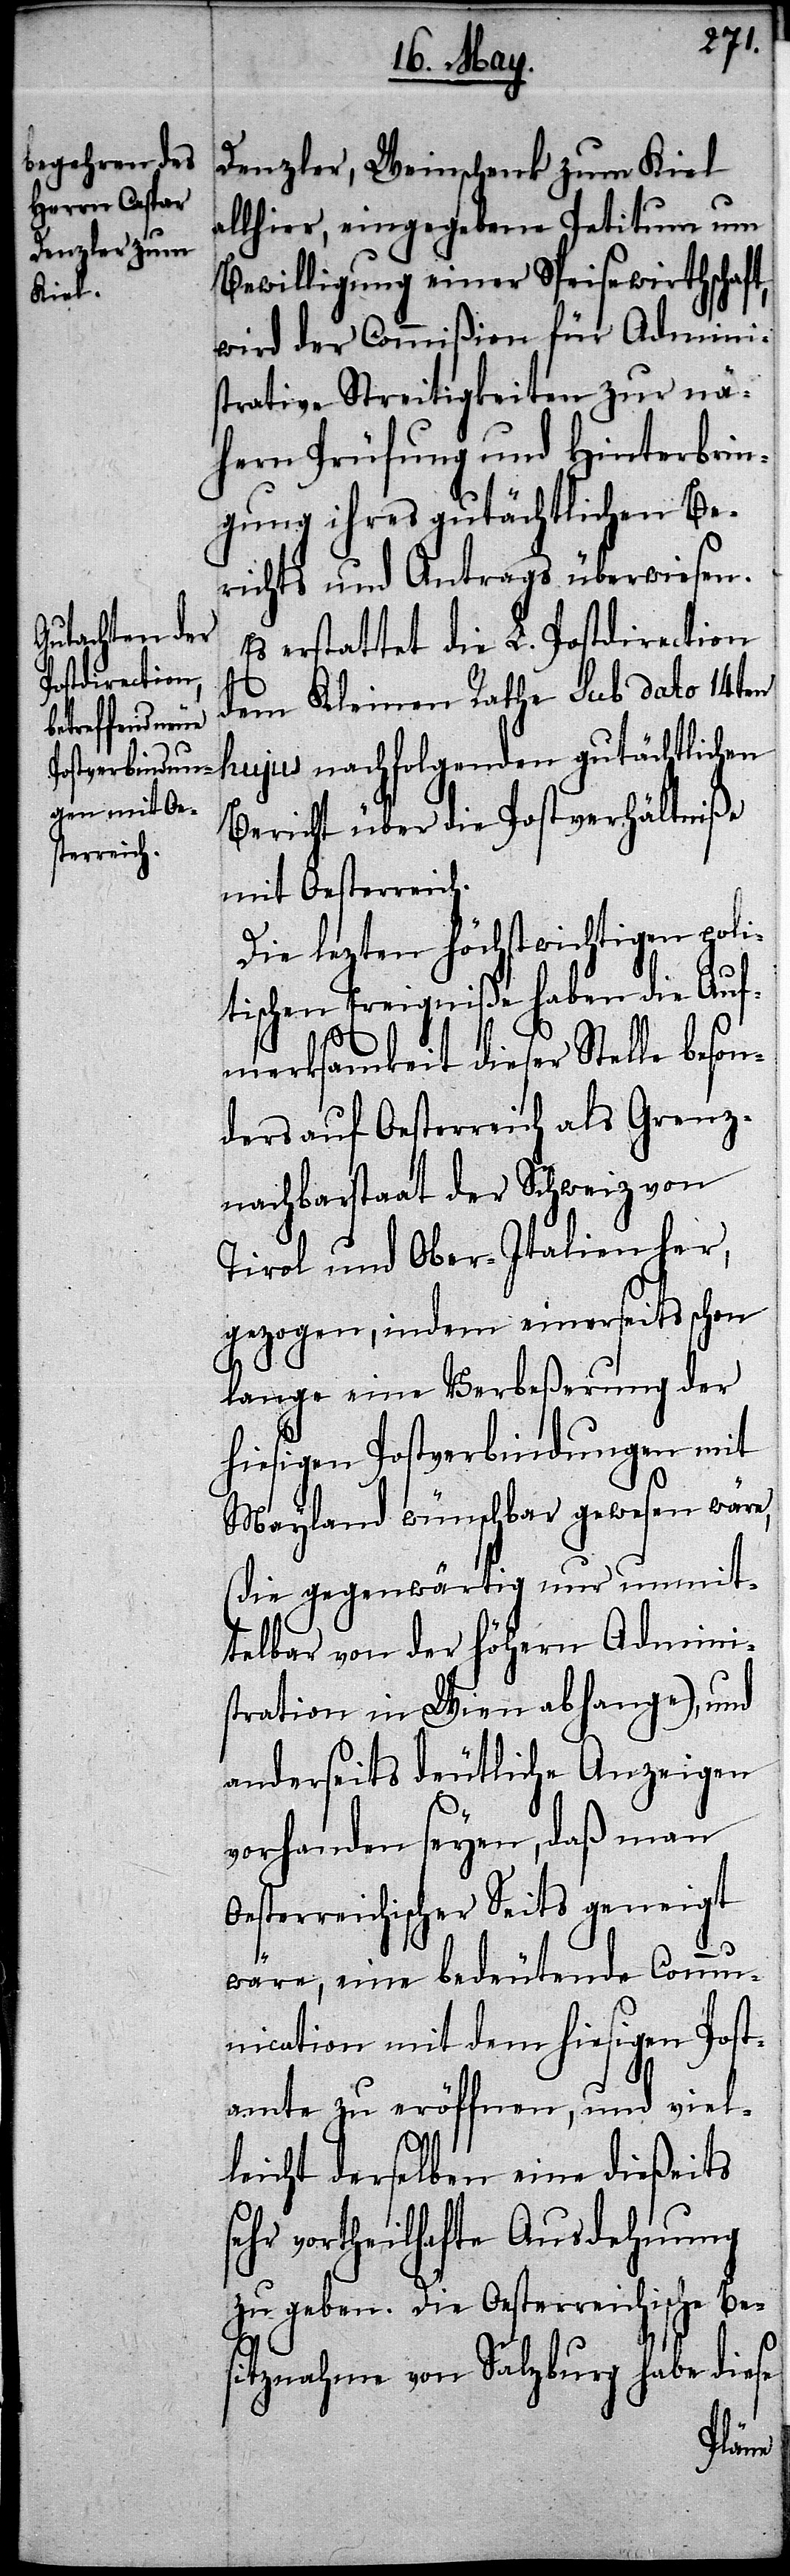
Denzler, Weinschenk zum Kiel
allhier, eingegebene Petitum um
Bewilligung einer Spiesewirthschaft,
wird der Commißion für Admini¬
strative Streitigkeiten zur nä¬
hern Prüfung und Hinterbrin¬
gung ihres gutächtlichen Be¬
richts und Antrags überwiesen.
Es erstattet die L. Postdirection
dem Kleinen Rathe sub dato 14ten
hujus nachfolgenden gutächtlichen
Bericht über die Postverhältniße
mit Oesterreich.
Die lezten höchstwichtigen poli¬
tischen Ereigniße haben die Auf¬
merksamkeit dieser Stelle beson¬
ders auf Oesterreich als Grenz¬
nachbarstaat der Schweiz von
Tirol und Ober-Italien her,
gezogen, indem einerseits schon
lange eine Verbeßerung der
hiesigen Postverbindungen mit
Mayland wünschbar gewesen wäre,
(die gegenwärtig nur unmit¬
telbar von der höhern Admini¬
stration in Wien abhange), und
anderseits deutliche Anzeigen
vorhanden seyen, daß man
Oesterreichischer Seits geneigt
wäre, eine bedeutende Commu¬
nication mit dem hiesigen Post¬
amte zu eröffnen, und viel¬
leicht derselben eine dießeits
sehr vortheilhafte Ausdehnung
zu geben. Die Oesterreichische Bes¬
itznahme von Salzburg habe diese